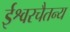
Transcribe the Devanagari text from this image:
ईश्वरचैतन्य